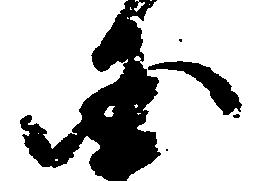
国